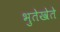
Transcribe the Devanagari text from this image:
भुतेखेते